Calcutta medical institutions reports 1879-81 [i.e.91]
Year: 1879
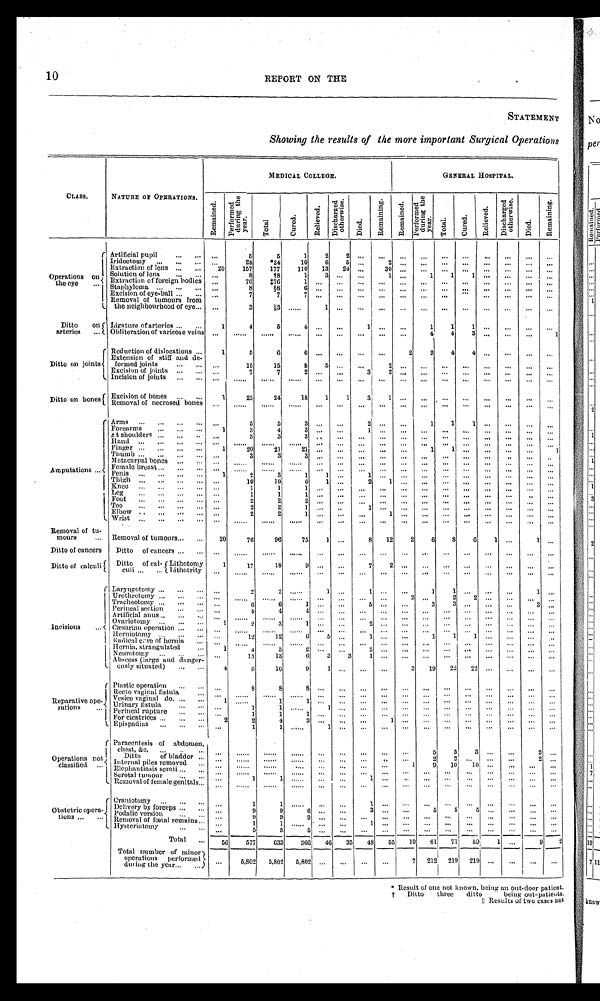
10
REPORT ON THE
STATEMENT
Showing the results of the more important Surgical Operations
CLASS.
NATURE OF OPERATIONS.
MEDICAL COLLEGE.
GENERAL HOSPITAL.
Remained.
P e r f o r m e d
d u r i n g t h e
year.
Total
Cured.
Relieved.
D i s c h a r g e d
o t h e r w i s e .
Died.
R e m a i n i n g .
R e m a i n e d .
P e r f o r m e d
d u r i n g t h e
y e a r .
T o t a l .
C u r e d .
R e l i e v e d . D i s c h a r g e d
o t h e r w i s e .
Died.
Remaining.
Operations o n
the eye
Artificial pupil
.., .„ ...
5
5
1
2
2
...
...
... ...
...
... ... ...
... ...
Iridectomy ...
...
24
*24
10
6
5 ...2 ............ ... ...
......
Extraction of lens ...
20
157
177
110 13 24 ... 30 ... ... ... ...
...
...
... ...
Solution of lens ... ...
8
†8
1 3 ... ... 1 ... 1
1 1 ............
Extraction of foreign bodies ...
76 ‡76 1
...... ... ...
... ... • ......
... ...
......
Staphyloma ... ...
8
§8 6
...... ...... ...
...
...... ...
... ... ...
Excision of eye-ball ... ...
7
7 7
...... ... ...
... ... ... ... ...
... ... ...
Removal of tumours from
the neighbourhood of eye... ...
3
║3 ...
1 ... ... ... ... ...
... ... ... ... ... ...
Ditto on
arteries ...
Ligature of arteries
1
4
5
4 ... ... 1 ... ...
1
1
1 ......... ...
Obliteration of varicose veins ... ... ... ... ... ...
... ... ...
4
4 3 ......... 1
Ditto on joints
Reduction of dislocations ...
1
5
6
6
...... ...... 2
2
4
4 ... ... ......
Extension of stiff and de-
formed joints
... ...
15
15
8
5
... ...2 ........................
Excision of joints ...
...
7
7
2 ... ...
3 2 ......... ... ...
...
......
Incision of joints
... ... ... ... ... ... ... ... ... ... ... ... ... ... ......
Ditto on bones Excision of bones ....
1
23
24
18
1
1
3
1 .........
... ...
...
...
...
Removal of necrosed bones ... ... ... ... ... ... ... ...
...
...
...
...
...
... ...
.., ...
Amputations
Arms ... ...
5
5
3
...... 2 ...... 1
1 1 ...... ... ...
...
Forearms
1
3
4 3
...... 1 ... ......... ... ... ... ... ...
At shoulders
...
3
3 3
...... ............ ... ... ... ... ... ......
Hand
... ... ... ... ... ... ... ... ...
... ... ... ... ... ... ...
Finger ...
1
20
21
21 ...... ......... 1
1 ............ 1
Thumb ......
... ...
3
3 3
...... ............ ... ...
...
... ......
Metacarpal bones
... ... ... ... ... ... ... ... ...
...
... ... ... ... ...
...
,„ ...
Female breast ...
... ... ... ... ...
... ...
... ... ... ...
... ... ...
... ... ...
Penis
..
1
2
3
1
1 ... 1 ... ... ... ... ... ... ... ...
... ...
Thigh
..
...
10
10
6
1 ...
2 1 ............... ... ... ...
Knee ...
...
...
1
1
1 ...... ..............................
Leg
...
1
1
1 ...... .................. ... ...
... ...
Foot
...
2
2
2 ...... ............ ... ...
...
...
...
...
Toe
...
2
2 1
...... 1 ......... ... ...
...
...
...
...
Elbow
...
2
2 1
... ... ... 1 ............... ... ...
...
Wrist
... ... ... ... ...... ..................... ... ......
Removal of tu-
mours
... Removal of tumours
20
76
96
75
1 ... 8 12
2
6
8
6
1 ...
1 ...
Ditto of cancers Ditto of cancers
. ... ... ... ... ...... ..............................
Ditto of calculi
Ditto of cal-
culi
Lithotomy
1
17
18 9
...... 7 2 ............... ... ... ...
Lithotrity ... ... ... ... ... ... ... ... ... ... ...... ... .........
Incisions
Laryngotomy
...
2
2 ...
1 ...
1 ...
...
1 1 ... ...
...
1
...
Urethrotomy .... ... ... ...
... ...
... ... ...
2 ...2 2 ...... ... ...
Tracheotomy
...
6
6
1 ......
5 ... ...
3
3 ... ... ...
3 ...
Perineal section
...
4
4
4 ...... ... ...
... .................. ...
Artificial anus
... ... ... ... ... ...
... ... ... ... ... ... ... ... ...
...
Ovariotomy
1
2
3 1
......
2 ... ... ... ... ... ... ... ... ...
Cæsarian operation ... ... ... ... ... ... ... ... ... ... ... ... ... ... ... ...
Herniotomy ..
...
12
12
6 5 ...
1 ... ...
1
1 1 ............
Radical cure of hernia
...
... ... ... ... ... ... ... ... ...... ...
... ... ... ... ...
Hernia, strangulated
1 4
5
2 ...
...
3 ... ... ...
... ... ... ...
... ...
Neurotomy .
...
13
13
6
3
3 1 ..................... ... ...
Abscess (large and danger-
ously situated)
4
6
10
9 1 ... ...... 3 19 22 22 ... ...
... ...
Reparative ope
rations
...
Plastic operation ..
...
8
8
8 ...... ... ... ... ... ... ... ... ... ... ...
Recto vaginal fistula
... ... ... ... ...... ... ............ ...
... ... ... ...
Vesico vaginal do.
1 ...
1 1
...... .................. ... ... ... ...
Urinary fistula
... 1 1
1 ...
1 ... ... ... ........................
Perineal rupture
...
1
1 1
... ... ... ......... ...
...
... ...
... ...
For cicatrices
2 2
2
4
3 ...... ...1 ......... ... ... ... ... ...
Epispadias
...
1
1 ...
1
...
... ...........................
Operations not
classified ...
Paracentesis of abdomen,
chest, &c,
... ... ... ... ...
... ...
... ...
5
5
3 ...
...
2
...
Ditto of bladder ... ... ... ... ... ... ... ... ... ...
2 2 .........2
...
Internal piles removed
... ... ... ... ... ...
... ...
1
9 10 10 ...
... ... ...
Elephantiasis scroti ...
... ... ...
... ... ... ... ... ... ... ... ... ... ... ... ...
Scrotal tumour
... 1
1... ... ...
1 ......... ...
...
...
... ... ...
Removal of female genitals
...
... ...
... ... ... ... ...
...
...
...
...
...
...
...
...
Obstetric opera-
tions
Craniotomy
...
1
1
... ...... 1 ............... ... ...
...
...
Delivery by forceps
...
9
9
...
6 ... ...
...
3 ... ... 5 5 5 ............
Podalic version
...
... 9
9
9
... ... ... ... ... ... ... ... ... ... ... ...
Removal of fœtal remains . . .
1
1 ... ...
'
... 1 ...........................
Hysteriotomy
...
5
5
5
...
..
... ...
...
...
... ...
... ...... ... — ...
Total
56
577
633
366 46 35 48 55 10 61 71 59
1 ...
9 2
Total number of minor
operations performed
during the year
...
5,802 5,802 5,802 ...
...
......
7 212 219 219 ... ... ... ...